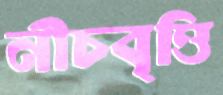
নীচবৃত্তি